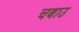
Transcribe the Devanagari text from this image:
चबाउ